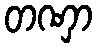
တဏှာ